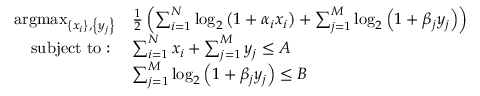
\begin{array} { r l } { \mathrm { a r g m a x } _ { \left\{ x _ { i } \right\} , \left\{ y _ { j } \right\} } } & { \frac { 1 } { 2 } \left( \sum _ { i = 1 } ^ { N } \log _ { 2 } \left( 1 + \alpha _ { i } x _ { i } \right) + \sum _ { j = 1 } ^ { M } \log _ { 2 } \left( 1 + \beta _ { j } y _ { j } \right) \right) } \\ { \mathrm { s u b j e c t ~ t o : ~ } } & { \sum _ { i = 1 } ^ { N } x _ { i } + \sum _ { j = 1 } ^ { M } y _ { j } \leq A } \\ & { \sum _ { j = 1 } ^ { M } \log _ { 2 } \left( 1 + \beta _ { j } y _ { j } \right) \leq B } \end{array}